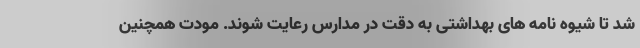
شد تا شیوه نامه های بهداشتی به دقت در مدارس رعایت شوند. مودت همچنین